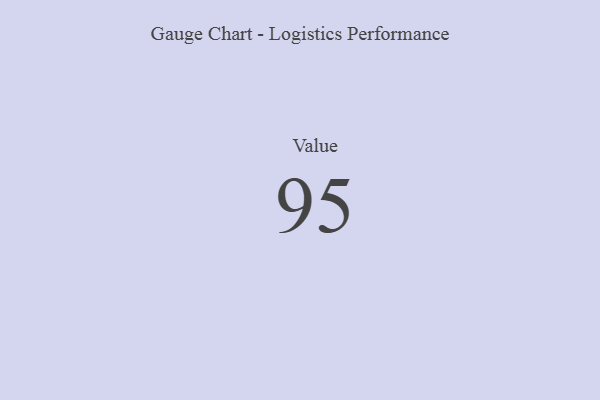
{"axis": {"x": "Metric", "y": "Value"}, "legend": [""], "data": [{"x": "Value", "y": 95, "type": ""}]}